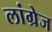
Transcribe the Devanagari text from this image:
लांग्रेज